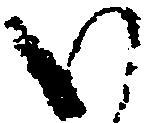
い